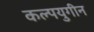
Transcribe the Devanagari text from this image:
कल्पयुगीन